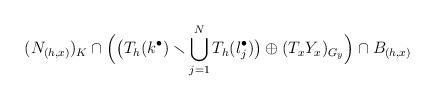
LaTeX: \begin{align*} (N_{(h,x)})_K \cap \Big( \big( T_h (k^\bullet ) \smallsetminus \bigcup_{j =1}^N T_h (l_j^\bullet) \big) \oplus (T_x Y_x)_{G_y} \Big) \cap B_{(h,x)}\end{align*}